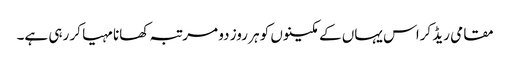
مقامی ریڈ کراس یہاں کے مکینوں کو ہر روز دو مرتبہ کھانا مہیا کر رہی ہے۔